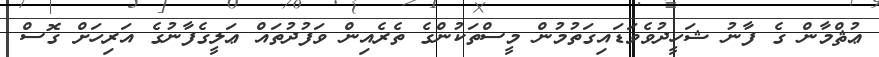
ޢުޘްމާން ގެ ފާނު ޝަހީދުވެވަޑައިގަތުމުން މީސްތަކުންގެ ތެރެއިން ވަފުދުތައް ޢަލީގެފާނުގެ އަރިހަށް ގޮސް